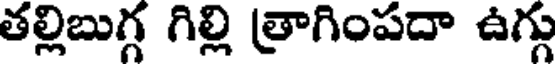
తల్లిబుగ్గ గిల్లి త్రాగింపదా ఉగ్గు